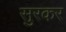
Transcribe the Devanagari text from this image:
सुरकर